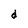
Character: d